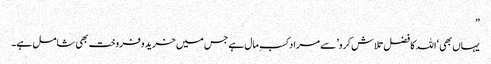
”
یہاں بھی ‘اللہ کا فضل تلاش کرو’ سے مراد کسب ِمال ہے جس میں خرید وفروخت بھی شامل ہے۔